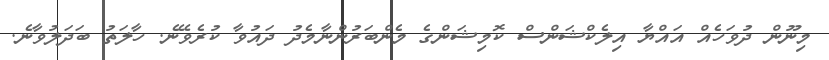
މިނޫން ދުވަހެއް އައްޔާ އިލެކްޝަންސް ކޮމިޝަންގެ މެންބަރުންނާމެދު ދައުވާ ކުރެވޭނެ. ހާލަތު ބަދަލުވާނެ.